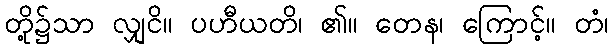
တို့၌သာ လျှငိ။ ပဟီယတိ၊ ၏။ တေန၊ ကြောင့်။ တံ၊